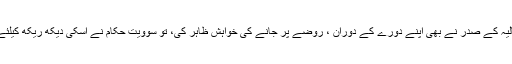
اس کے بعد جب صومالیہ کے صدر نے بھی اپنے دورے کے دوران ، روٖضے پر جانے کی خواہش ظاہر کی، تو سوویت حکام نے اسکی دیکھ ریکھ کیلئے ایک کمیٹی مقر رکی۔